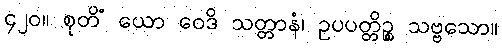
၄၂၀။ စုတိံ ယော ဝေဒိ သတ္တာနံ၊ ဥပပတ္တိဉ္စ သဗ္ဗသော။